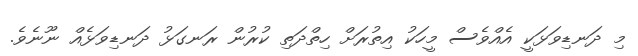
މި ދަނޑިވަޅަކީ އެއްވެސް މީހަކު އިތުރަށް ހިތްދަތި ކުރުން ރަނގަޅު ދަނޑިވަޅެއް ނޫނެވެ.